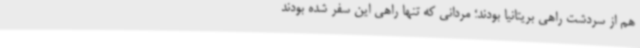
هم از سردشت راهی بریتانیا بودند؛ مردانی که تنها راهی این سفر شده بودند